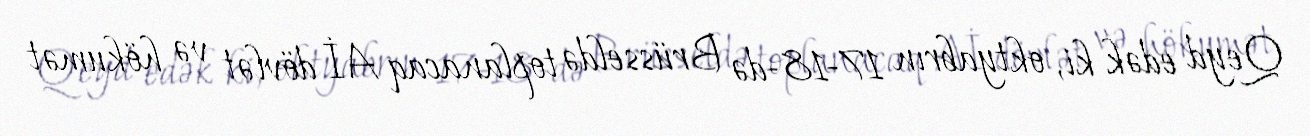
Qeyd edək ki, oktyabrın 17-18-də Brüsseldə toplanacaq Aİ dövlət və hökumət